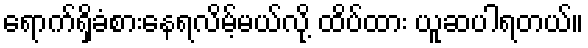
ရောက်ရှိခံစားနေရလိမ့်မယ်လို့ ထိပ်ထား ယူဆပါရတယ်။